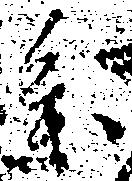
参